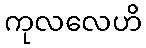
ကုလလေဟိ